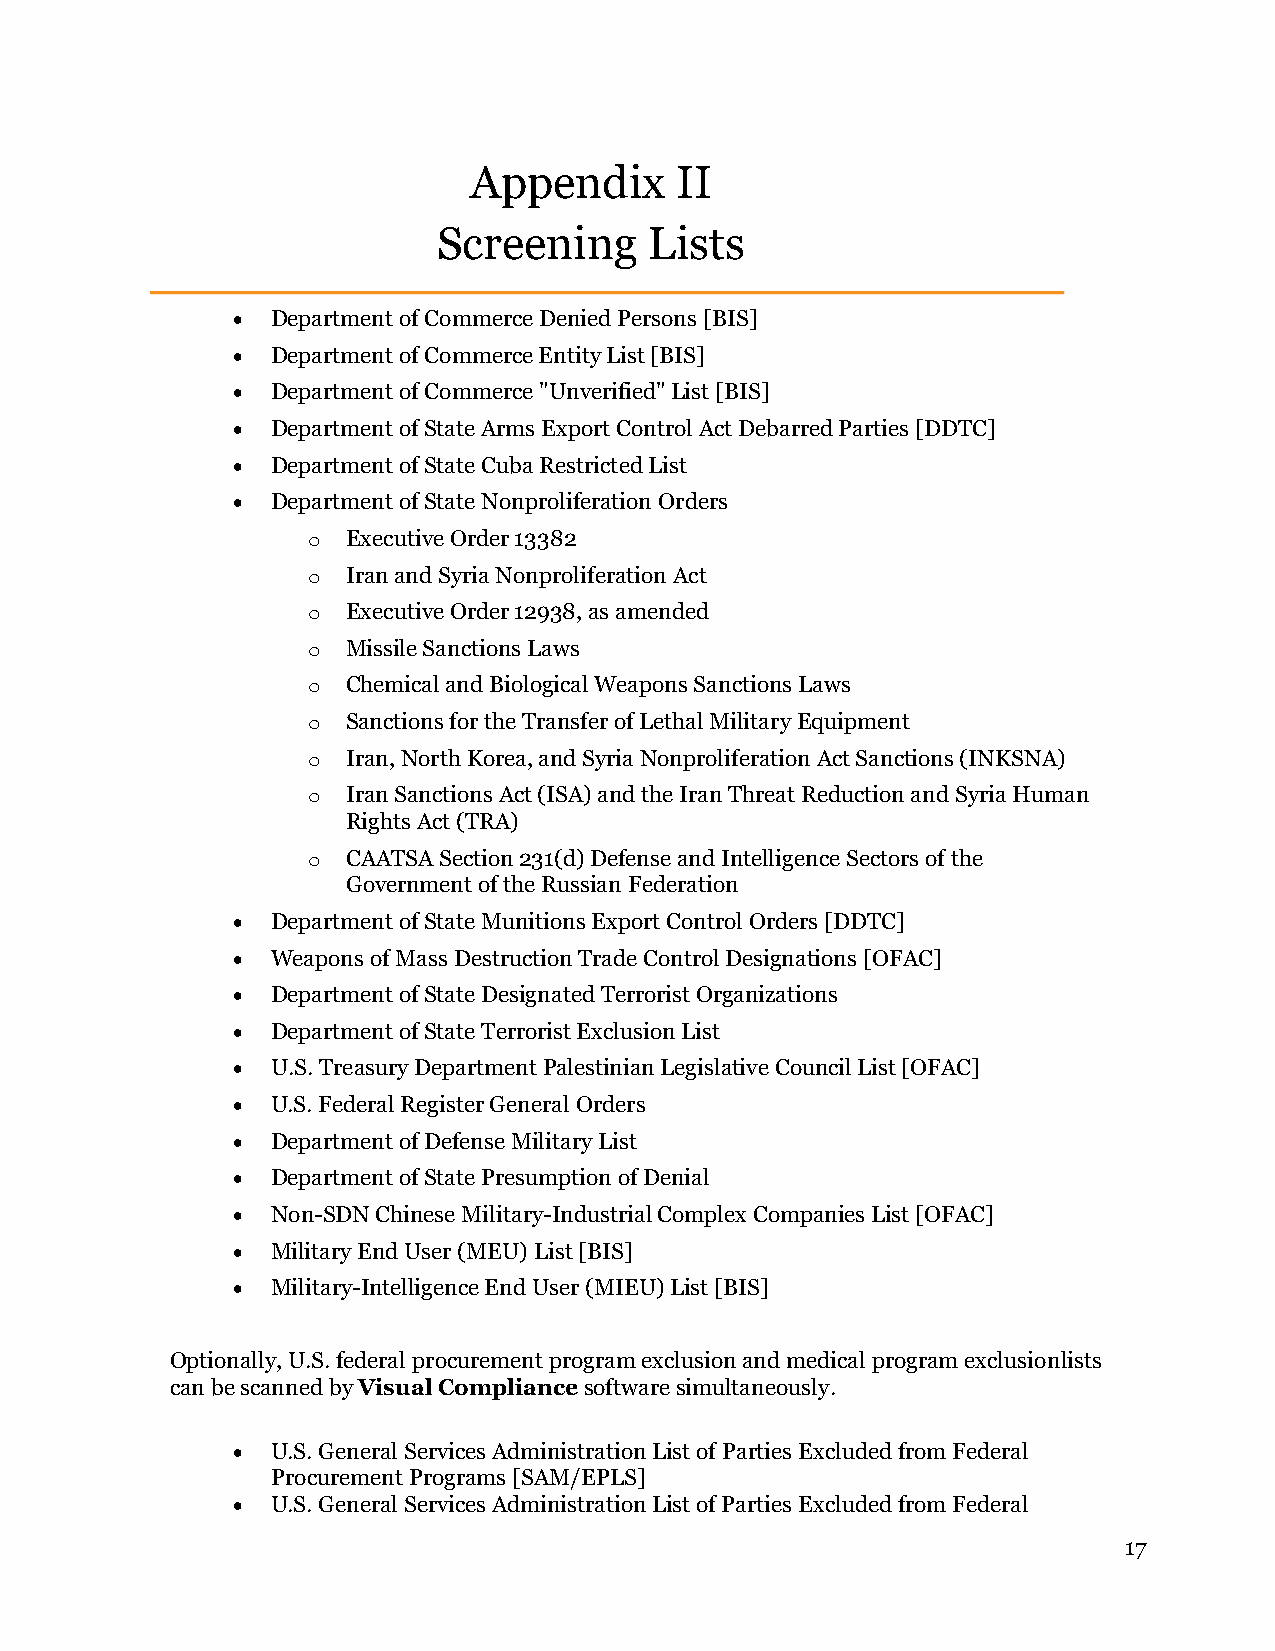
Appendix      II
 Screening     Lists
 •  Department of Commerce Denied Persons [BIS]
 •  Department of Commerce Entity List [BIS]
 •  Department of Commerce "Unverified" List [BIS]
 •  Department of State Arms Export Control Act Debarred Parties [DDTC]
 •  Department of State Cuba Restricted List
 •  Department of State Nonproliferation Orders
 o  Executive Order 13382
 o  Iran and Syria Nonproliferation Act
 o  Executive Order 12938, as amended
 o  Missile Sanctions Laws
 o  Chemical and Biological Weapons Sanctions Laws
 o  Sanctions for the Transfer of Lethal Military Equipment
 o  Iran, North Korea, and Syria Nonproliferation Act Sanctions (INKSNA)
 o  Iran Sanctions Act (ISA) and the Iran Threat Reduction and Syria Human
 Rights Act (TRA)
 o  CAATSA Section 231(d) Defense and Intelligence Sectors of the
 Government of the Russian Federation
 •  Department of State Munitions Export Control Orders [DDTC]
 •  Weapons of Mass Destruction Trade Control Designations [OFAC]
 •  Department of State Designated Terrorist Organizations
 •  Department of State Terrorist Exclusion List
 •  U.S. Treasury Department Palestinian Legislative Council List [OFAC]
 •  U.S. Federal Register General Orders
 •  Department of Defense Military List
 •  Department of State Presumption of Denial
 •  Non-SDN Chinese Military-Industrial Complex Companies List [OFAC]
 •  Military End User (MEU) List [BIS]
 •  Military-Intelligence End User (MIEU) List [BIS]
 Optionally, U.S. federal procurement program exclusion and medical program exclusion lists
 can be scanned by Visual Compliance software simultaneously.
 •  U.S. General Services Administration List of Parties Excluded from Federal
 Procurement Programs [SAM/EPLS]
 •  U.S. General Services Administration List of Parties Excluded from Federal
 17